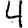
Digit: 4